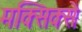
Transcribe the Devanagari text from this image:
मक्सिक्से